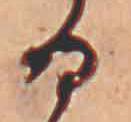
る